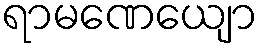
ရာမဏေယျော